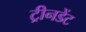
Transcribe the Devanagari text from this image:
ट्रीनडेंट